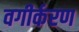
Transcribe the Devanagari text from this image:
वगीर्करण